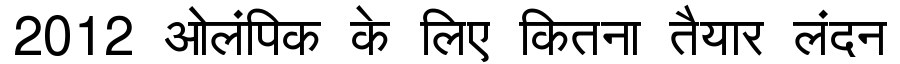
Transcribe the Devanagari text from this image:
2012 ओलंपिक के लिए कितना तैयार लंदन